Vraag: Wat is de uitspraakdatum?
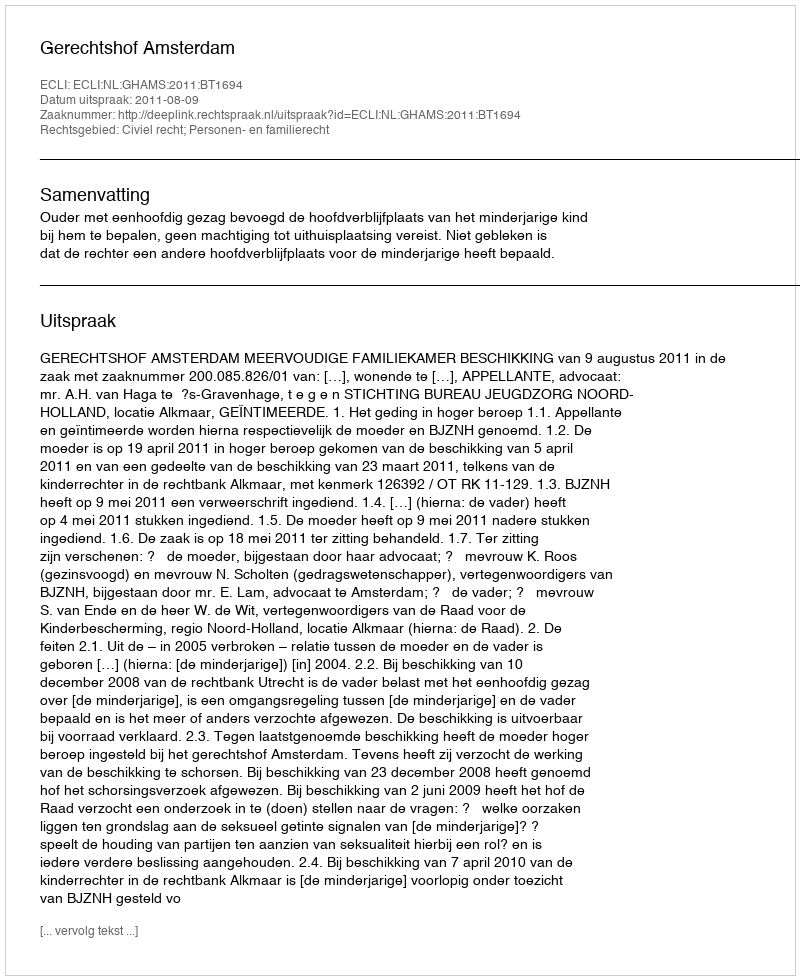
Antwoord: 2011-08-09